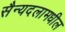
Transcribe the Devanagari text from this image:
सैन्यदलामधील